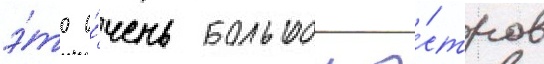
э́то о́чень большои о́стров